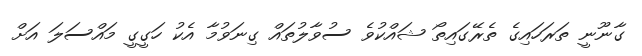
ގާނޫނީ ތަރަހައިގެ ތެރޭގައިތޯ ޝައްކުވެ ސުވާލުތައް ގިނަވުމާ އެކު ހަގީގީ މައްސަލަ އަށް